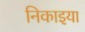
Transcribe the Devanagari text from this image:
निकाइया